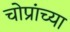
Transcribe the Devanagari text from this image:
चोप्रांच्या